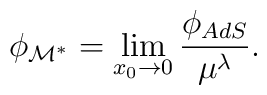
\phi_{\cal M^*} = \lim_{x_0 \to 0}{\phi_{AdS}\over \mu^{\lambda}}.